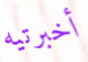
أخبرتيه